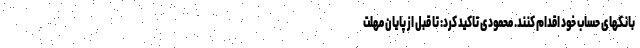
بانکهای حساب خود اقدام کنند. محمودی تاکید کرد: تا قبل از پایان مهلت